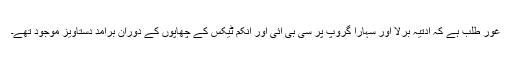
غور طلب ہے کہ آدتیہ بِرلا اور سہارا گروپ پر سی بی آئی اور انکم ٹیکس کے چھاپوں کے دوران برآمد دستاویز موجود تھے۔